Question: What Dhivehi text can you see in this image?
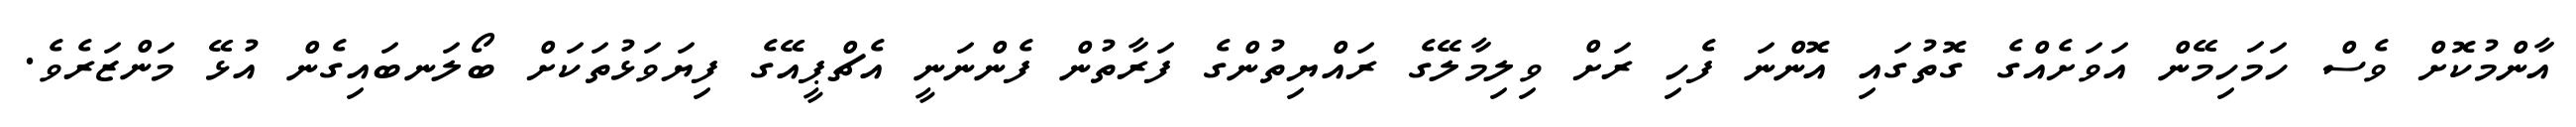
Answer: އާންމުކޮށް ވެސް ހަމަހިމޭން އަވަށެއްގެ ގޮތުގައި އޮންނަ ފެހި ރަށް ވިލިމާލޭގެ ރައްޔިތުންގެ ފަރާތުން ފެންނަނީ އެޗްޕީއޭގެ ފިޔަވަޅުތަކަށް ބޯލަނބައިގެން އުޅޭ މަންޒަރެވެ.